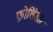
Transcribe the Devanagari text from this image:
फ़ोलिंडोटा